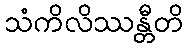
သံကိလိဿန္တီတိ